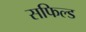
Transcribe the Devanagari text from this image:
सफिल्ड